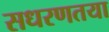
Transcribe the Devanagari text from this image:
सधरणतया